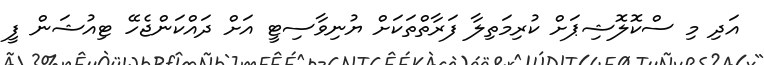
އަދި މި ސްކޮލޮޝިޕަށް ކުރިމަތިލާ ފަރާތްތަކަށް ޔުނިވާސިޓީ އަށް ދައްކަންޖެހޭ ޓިއުޝަން ފީ